Document type: Emphyteutic lease
Year: 1281
Scribe: Pere Marquès
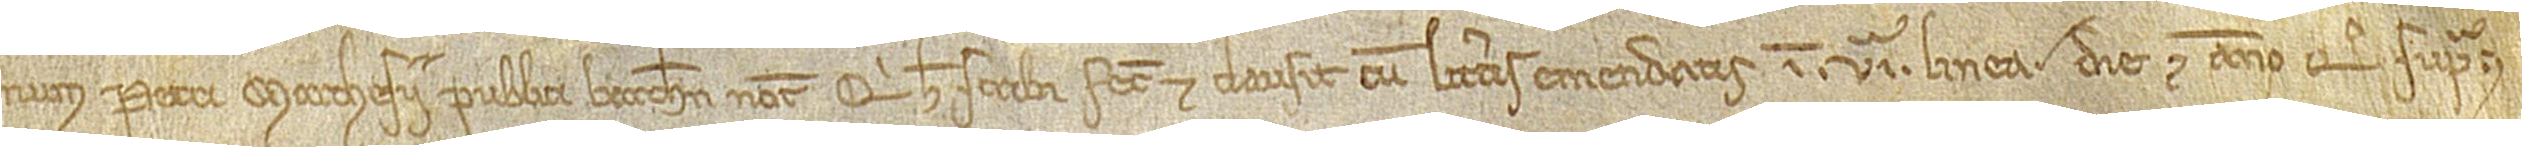
num Petri Marchesii, publici Barchinone notarii, qui hec scribi fecit et clausit cum litteris emendatis in VIª linea, die et anno quo supra.